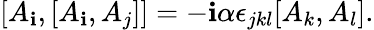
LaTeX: [A_{\mathbf{i}},[A_{\mathbf{i}},A_{j}]]=-\mathbf{i}\alpha\epsilon_{jkl}[A_{k},A_{l}].